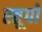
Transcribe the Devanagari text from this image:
स्‍तूपो